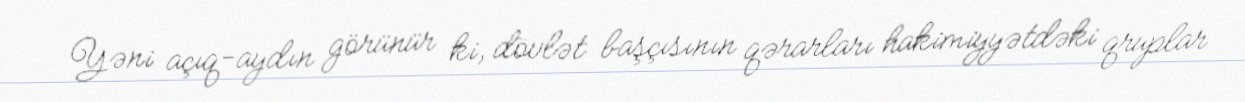
Yəni açıq-aydın görünür ki, dövlət başçısının qərarları hakimiyyətdəki qruplar